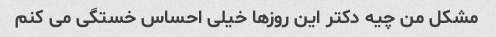
مشکل من چیه دکتر این روزها خیلی احساس خستگی می کنم